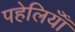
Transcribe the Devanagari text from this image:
पहेलियॉंँ